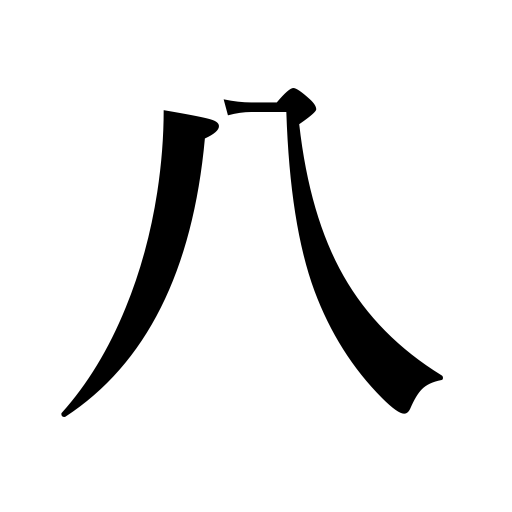
Meanings: eight